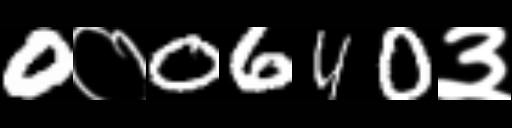
Text: 0०0640३